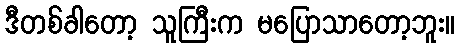
ဒီတစ်ခါတော့ သူကြီးက မပြောသာတော့ဘူး။